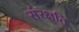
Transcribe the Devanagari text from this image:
संरक्षति